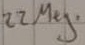
Text: 22 Meg.